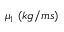
\mu _ { 1 } \mathrm { ~ } ( k g / m s )